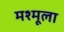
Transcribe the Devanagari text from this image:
मश्मूला